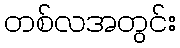
တစ်လအတွင်း